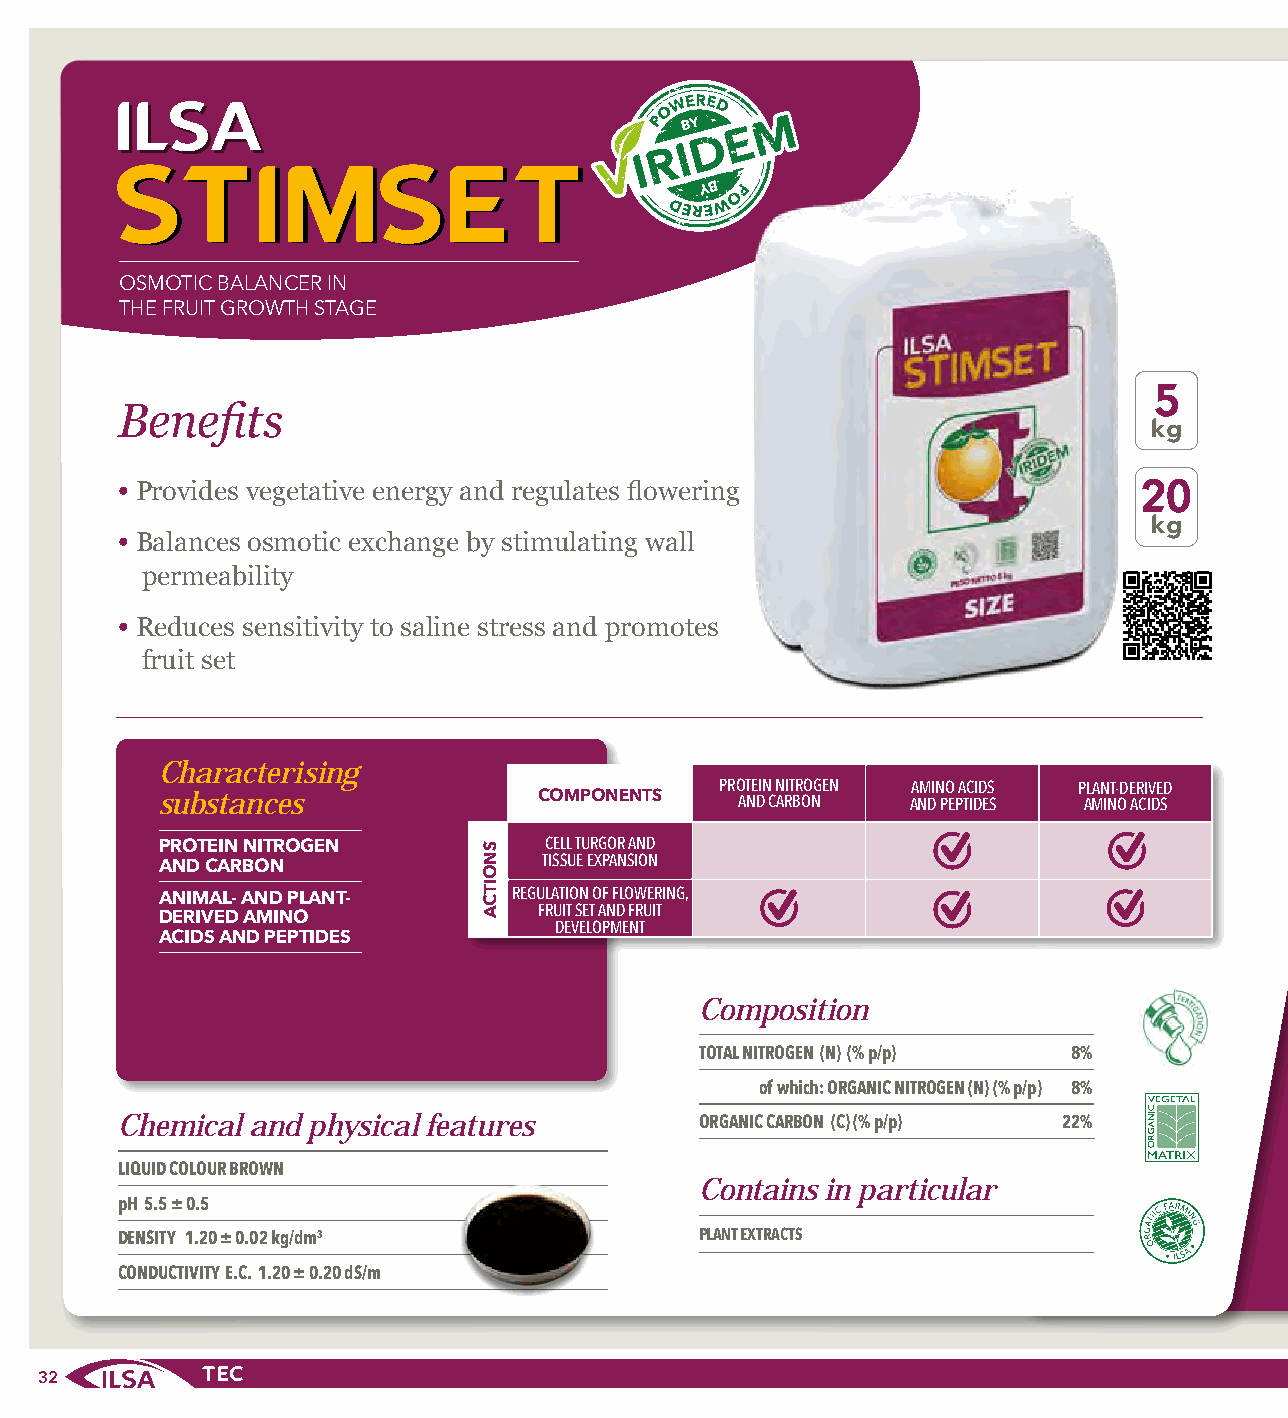
SSTTIIMMSSEETT
 OSMOTIC BALANCER IN
 THE FRUIT GROWTH STAGE
 5
 Benefits
 kg
 • Provides vegetative energy and regulates flowering                20
 kg
 • Balances osmotic exchange by stimulating wall
 permeability
 • Reduces sensitivity to saline stress and promotes
 fruit set
 Characterising
 PROTEIN NITROGEN AMINO ACIDS PLANT-DERIVED
 substances                COMPONENTS   AND CARBON AND PEPTIDES AMINO ACIDS
 CELL TURGOR AND PROTEIN NITROGEN
 TISSUE EXPANSION
 AND CARBON
 REGULATION OF FLOWERING,
 ANIMAL- AND PLANT-
 FRUIT SET AND FRUIT
 DERIVED AMINO              DEVELOPMENT
 ACIDS AND PEPTIDES
 Composition
 TOTAL NITROGEN (N) (% p/p) 8%
 of which: ORGANIC NITROGEN (N) (% p/p) 8%
 Chemical and physical features        ORGANIC CARBON (C) (% p/p) 22%
 LIQUID COLOUR BROWN
 Contains in particular
 pH 5.5 ± 0.5
 DENSITY 1.20 ± 0.02 kg/dm3            PLANT EXTRACTS
 CONDUCTIVITY E.C. 1.20 ± 0.20 dS/m
 32
 SNOITCA